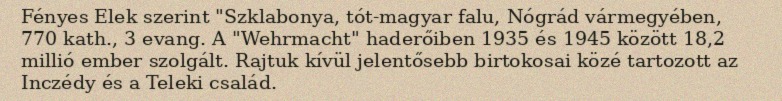
Fényes Elek szerint "Szklabonya, tót-magyar falu, Nógrád vármegyében, 770 kath., 3 evang. A "Wehrmacht" haderőiben 1935 és 1945 között 18,2 millió ember szolgált. Rajtuk kívül jelentősebb birtokosai közé tartozott az Inczédy és a Teleki család.